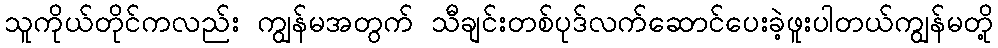
သူကိုယ်တိုင်ကလည်း ကျွန်မအတွက် သီချင်းတစ်ပုဒ်လက်ဆောင်ပေးခဲ့ဖူးပါတယ်ကျွန်မတို့